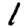
Digit: 1